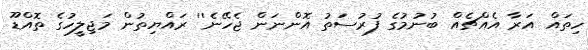
ހިތައް އަރާ އެއްޗެއް ބުނުމުގެ ފުރުސަތު އޮންނަން ޖެހޭނެ'' ރައްޔިތުން މަޖިލީހުގެ ތޮއްޑޫ